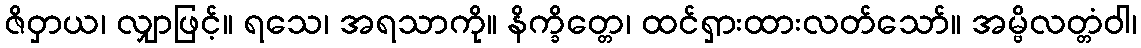
ဇိဝှာယ၊ လျှာဖြင့်။ ရသေ၊ အရသာကို။ နိက္ခိတ္တေ၊ ထင်ရှားထားလတ်သော်။ အမ္ဗိလတ္တံဝါ၊